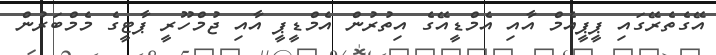
އޭގެތެރޭގައި ޕީޕީއެމް އާއި އެމްޑީއޭގެ އިތުރުން އެމްޑީޕީ އާއި ޖުމްހޫރީ ޕާޓީގެ މެމްބަރުން